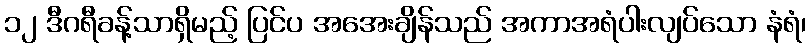
၁၂ ဒီဂရီခန့်သာရှိမည့် ပြင်ပ အအေးချိန်သည် အကာအရံပါးလျပ်သော နံရံ၊